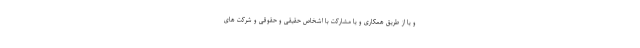
و یا از طریق همکاری و یا مشارکت با اشخاص حقیقی و حقوقی و شرکت های